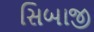
સિબાજી